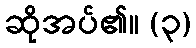
ဆိုအပ်၏။ (၃)